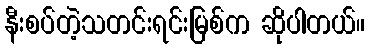
နီးစပ်တဲ့သတင်းရင်းမြစ်က ဆိုပါတယ်။